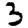
Digit: 3